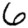
Digit: 6